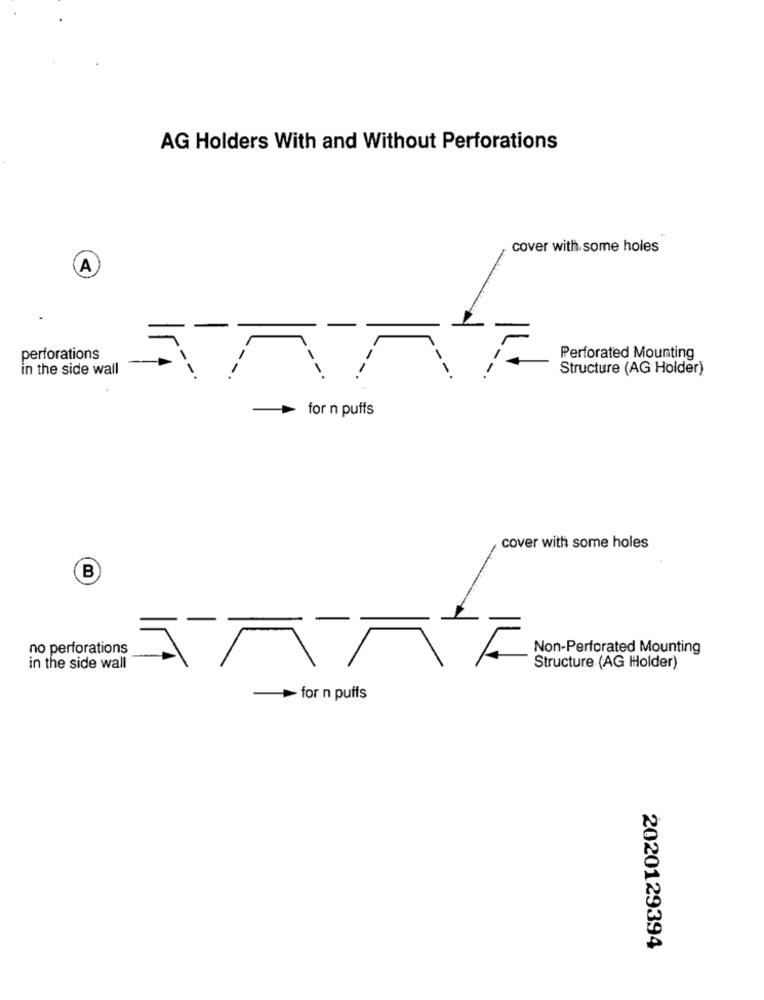
AG Holders With and Without Perforations
cover with some holes
A
perforations
-
Perforated Mounting
in the side wall
Structure (AG Holder)
-
for n puffs
cover with some holes
B
no perforations
Non-Perforated Mounting
in the side wall
Structure (AG Holder)
for n puffs
2020129394